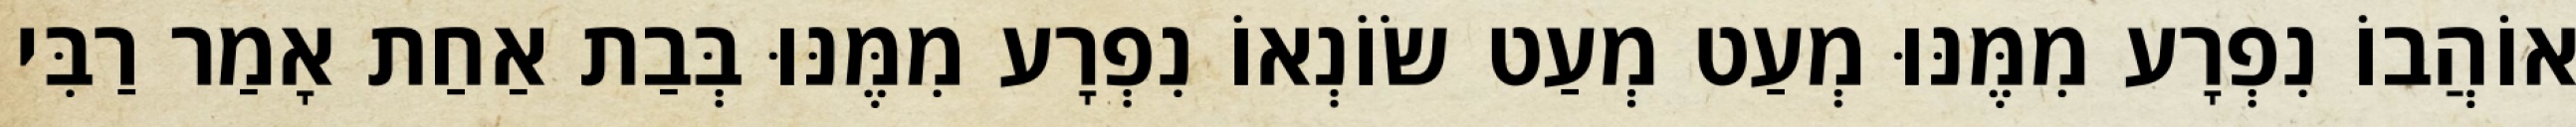
אוֹהֲבוֹ נִפְרָע מִמֶּנּוּ מְעַט מְעַט שׂוֹנְאוֹ נִפְרָע מִמֶּנּוּ בְּבַת אַחַת אָמַר רַבִּי